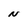
Character: N